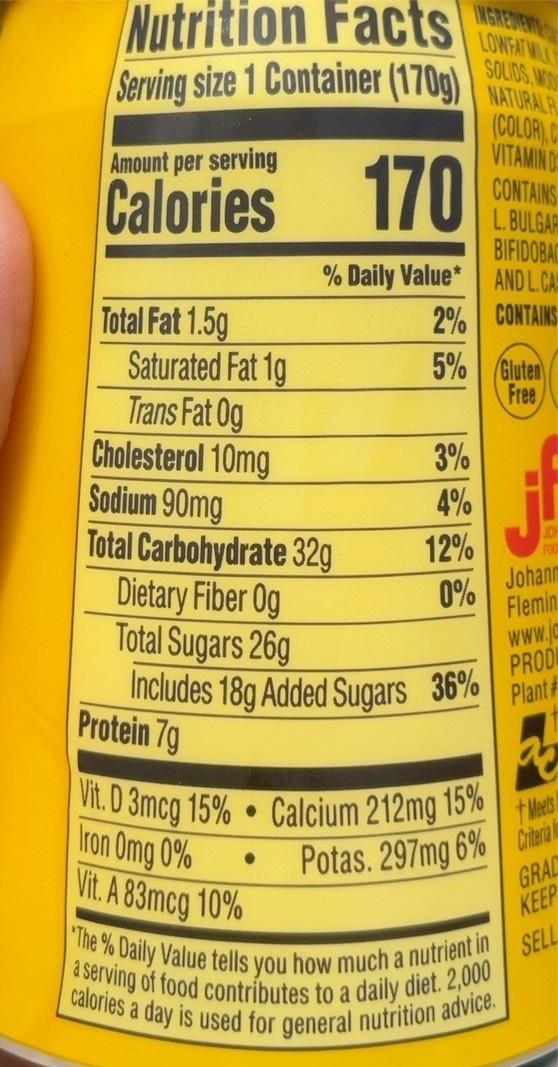
"The % Daily Value tells you how much a nutrient in
Vit. D 3mcg 15% Calcium 212mg 15% |
a serving of food contributes to a daily diet. 2,000
calories a day is used for general nutrition advice.
Nutrition Facts
INGREDIENT
SOLIDS, MOO
Serving size 1 Container (170g) S
NATURALR
(COLOR),C VITAMIN D CONTAINS L. BULGAR BIFIDOBAC % Daily Value* ANDL.CAS
Amount per serving
Calories 170
2% CONTAINS 5% Gluten Free
Total Fat 1.5g Saturated Fat 1g Trans Fat 0g Cholesterol 10mg Sodium 90mg Total Carbohydrate 32g Dietary Fiber Og Total Sugars 26g Includes 18g Added Sugars 36% Protein 7g
3%0
4%
12%
JOH FOD
Johanm Flemin www.ja PROD Plant#
0%
t el
Iron Omg 0% Vit. A 83mcg 10%
Potas. 297mg 6% inerata GRAD
KEEP
SELL
a
a